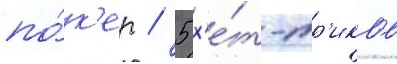
по́к'ер / 5 х'е́т-тр'иков